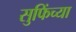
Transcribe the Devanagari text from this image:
सुफिंच्या